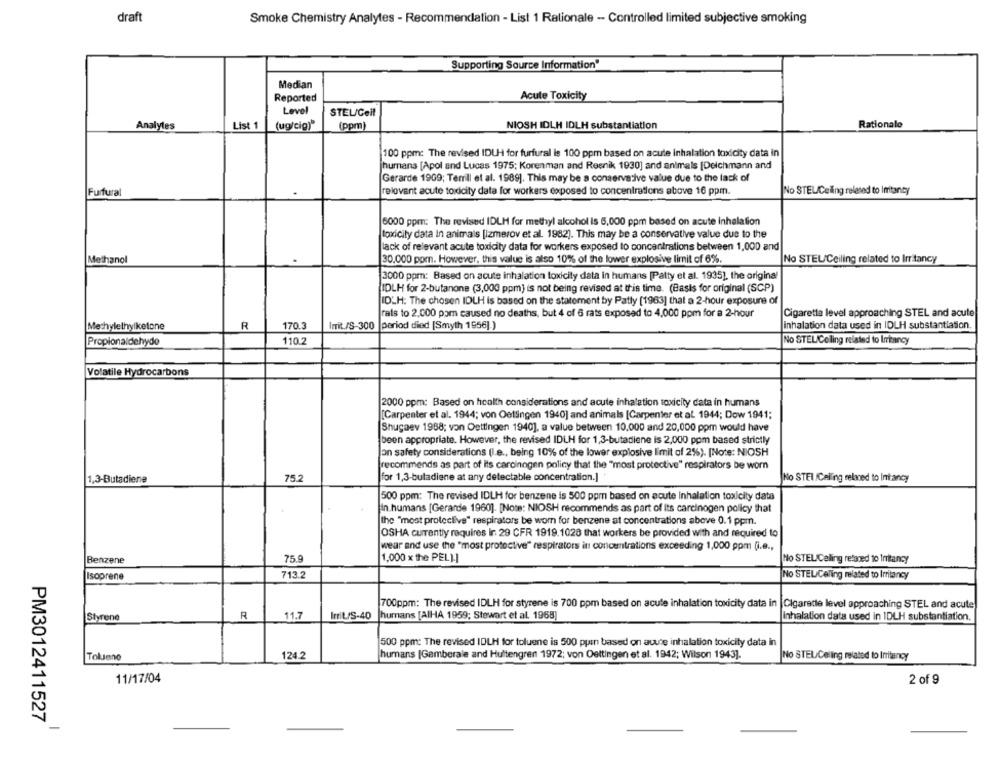
draft
Smoke Chemistry Analytes - Recommendation - List 1 Rationale -- Controlled limited subjective smoking
Supporting Source Information'
Median
Reported
Acute Toxicity
Level
STEL/Ceil
Analyles
List 1
(ug/cig)"
(ppm)
NIOSH IDLH IDLH substantiation
Rationale
100 ppm: The revised IDU for furfural is 100 ppm based on acute inhalation toxicity data in
humans [Apol and Lucas 1975; Korenman and Reenik 1930] and animals [Deichmann and
Gerarde 1909; Temill et al. 1989]. This may be a conservative value due to the lack of
relevant acute toxicity data for workers exposed to concentrations above 16 ppm.
No STELCeling related to Imitancy
Furfural
6000 ppm: The revised IDLH for methyl alcohol is 6,000 ppm based on acute inhalation
toxicity data In animals [izmerov et al. 1982). This may be a conservative value due to the
lack of relevant acute toxicity data for workers exposed to concentrations between 1,000 and
Methanol
30.000 pom. However, this value is also 10% of the lower explosive limit of 6%.
No STEUCeiling related to Irritancy
3000 ppm: Based on acute inhalation toxicity data in humans [Patty et al. 1935), the original
IDLH for 2-butanone (3,000 ppm) is not being revised at this time. (Basis for original (SCP)
ID_H: The chosen IDLH is based on the statement by Patty [1963] that a 2-hour exposure of
rats to 2.000 pom caused no deaths, but 4 of 6 rats exposed to 4,000 ppm for a 2-hour
Cigaretta level approaching STEL and acute
Mechylethylketone
R
170.3
Imit./S-300
period died [Smyth 1956] )
inhalation data used in IDLH substantiation.
Propionaldehyde
110.2
No STEL/Celing related to Irritancy
Volatile Hydrocarbons
2000 ppm: Based on health considerations and acute inhalation toxicity data in humans
[Carpenter et al. 1944; von Oelingen 1940] and animals [Carpenter et al. 1944; Dow 1941;
Shugaev 1968; von Oettingen 1940], a value between 10,000 and 20,000 ppm would have
been appropriate. However, the revised IDLH for 1,3-butadiene is 2,000 ppm based strictly
an safety considerations (I.e ., being 10% of the lower explosive limit of 2%). [Note: NIOSH
recommends as part of its carcinogen policy that the "most protective" respirators be worn
1,3-Butadiene
75.2
for 1,3-butadiene at any detectable concentration.]
No STEL Calling relaned to Intancy
500 ppm: The revised IDLH for benzene is 500 ppm based on acute Inhalation toxicity data
in humans [Gerarde 1960]. [Note: NIOSH recommends as part of Its carcinogen policy that
the "most protective" respirators be wom for benzene at concentrations above 0.1 ppm.
OSHA currently requires ir. 29 CFR 1919.1028 that workers be provided with and required to
wear and use the "most protective" respirators in concentrations exceeding 1,000 ppm (i.e .,
75.9
1,000 x the PEL).]
Benzene
No STEL/Celing retaned to Irritancy
Isoprene
713.2
No STEL/Celing related to Irritancy
700ppm: The revised IDLH for styrene is 700 ppm based on acute inhalation toxicity data in
Cigarette level approaching STEL and acute
Styrene
R
11.7
Irrit/S-40
humans [AIHA 1959; Stewart et al. 1968)
Inhalation data used in 1DLH substantiation.
500 ppm: The revised IDLH for toluene is 500 ppin based on acute inhalation toxicity data in
Toljene
124.2
humans [Gamberale and Hultengren 1972; von Oettingen et al. 1942; Wilson 1943].
No STEL Celing related to Irritancy
11/17/04
2 of 9
PM3012411527
-